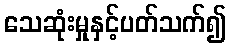
သေဆုံးမှုနှင့်ပတ်သက်၍